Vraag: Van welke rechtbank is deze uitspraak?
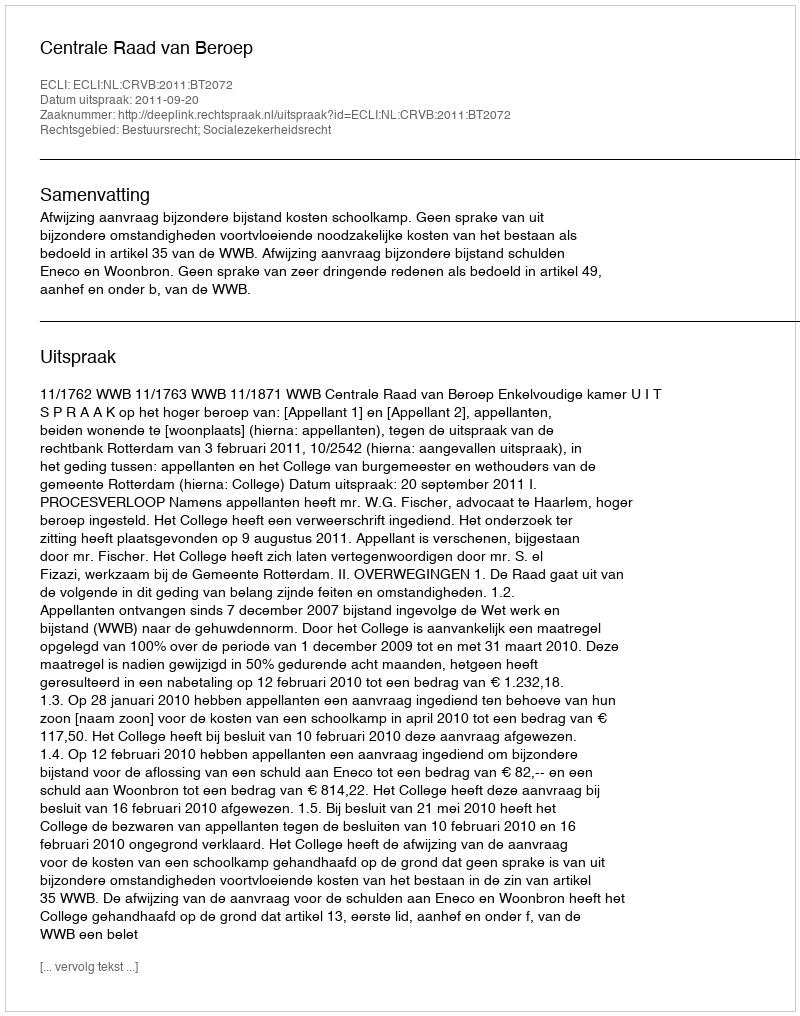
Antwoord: Centrale Raad van Beroep